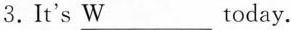
3.It's \underline{W} today.